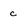
Character: c